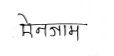
मजकूर: मेनजाम